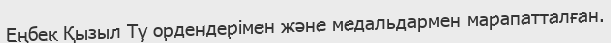
Еңбек Қызыл Ту ордендерімен және медальдармен марапатталған.